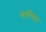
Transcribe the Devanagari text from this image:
व्हल्पिस